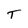
Character: T